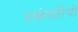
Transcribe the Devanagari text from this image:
प्रश्नोत्तारियों